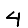
Digit: 4